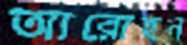
আরোহন